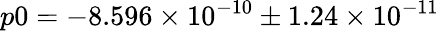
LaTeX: p0=-8.596\times 10^{-10}\pm 1.24\times 10^{-11}